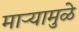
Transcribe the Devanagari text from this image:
माऱ्यामुळे